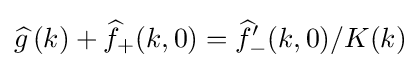
{\widehat {g\,}}(k)+{\widehat {f}}_{+}(k,0)={\widehat {f}}'_{-}(k,0)/K(k)